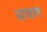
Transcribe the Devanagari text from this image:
घावलं